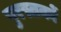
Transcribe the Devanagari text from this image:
पुरस्तकों